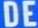
DE